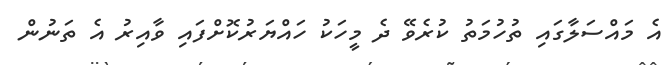
އެ މައްސަލާގައި ތުހުމަތު ކުރެވޭ ދެ މީހަކު ހައްޔަރުކޮށްފައި ވާއިރު އެ ތަނުން